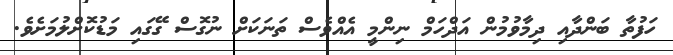
ހަފުތާ ބަންދާއި ދިމާވުމުން އަދްހަމް ނިންމީ އެއްވެސް ތަނަކަށް ނުގޮސް ގޭގައި މަޑުކޮށްލުމަށެވެ.